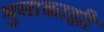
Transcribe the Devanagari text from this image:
मुसाकाझी